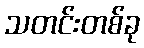
သတင်းတစ်ခု